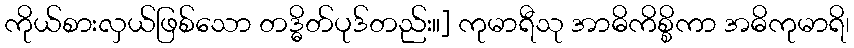
ကိုယ်စားလှယ်ဖြစ်သော တဒ္ဓိတ်ပုဒ်တည်း။] ကုမာရီသု အာဓိကိစ္စိကာ အဓိကုမာရိ၊